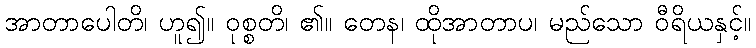
အာတာပေါတိ၊ ဟူ၍။ ဝုစ္စတိ၊ ၏။ တေန၊ ထိုအာတာပ၊ မည်သော ဝီရိယနှင့်။